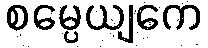
စမ္ပေယျကေ